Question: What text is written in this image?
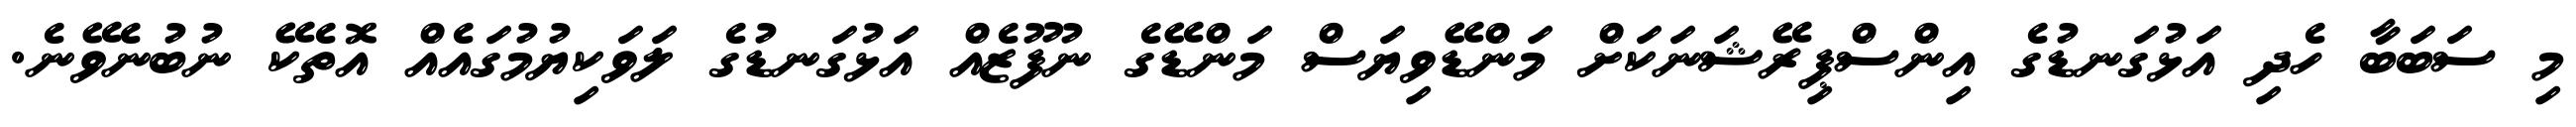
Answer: މި ސަބަބާ ހެދި އަޅުގަނޑުގެ އިންސްޕިރޭޝަނަކަށް މަންޑޭވިޔަސް މަންޑޭގެ ނުފޫޒެއް އަޅުގަނޑުގެ ލަވަކިޔުމުގައެއް އޮތެކޭ ނުބުނެވޭނެ.